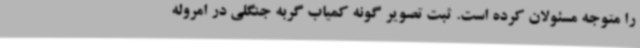
را متوجه مسئولان کرده است. ثبت تصویر گونه کمیاب گربه جنگلی در امروله